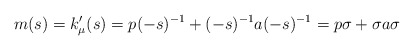
\begin{align*} m(s)=k'_{\mu}(s) =p (-s)^{-1}+(-s)^{-1} a(-s)^{-1}= p\sigma+\sigma a \sigma \end{align*}